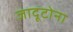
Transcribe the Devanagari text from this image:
जादूटोना